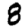
Digit: 8